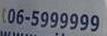
06-5999999